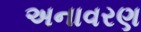
અનાવરણ